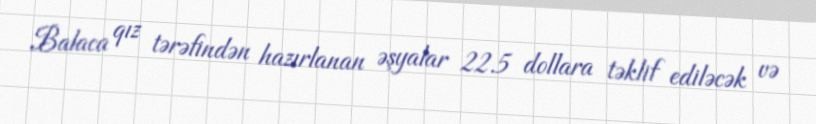
Balaca qız tərəfindən hazırlanan əşyalar 22.5 dollara təklif ediləcək və